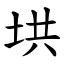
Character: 垬